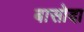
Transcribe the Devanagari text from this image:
बासोदा